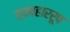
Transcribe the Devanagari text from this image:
व्यवहाररूप